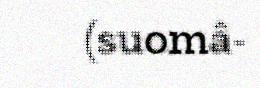
(suomâ-